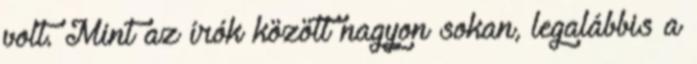
volt. Mint az írók között nagyon sokan, legalábbis a